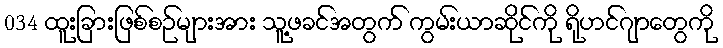
034 ထူးခြားဖြစ်စဉ်များအား သူ့ဖခင်အတွက် ကွမ်းယာဆိုင်ကို ရိုဟင်ဂျာတွေကို